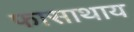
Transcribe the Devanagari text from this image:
फासाथाय